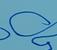
Signature authenticity: forged